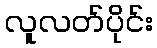
လူလတ်ပိုင်း